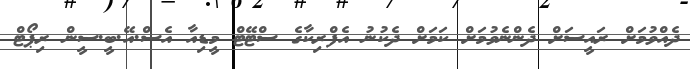
ދެއްވުމަށް ރައީސަށް ދެންނެވުމަށް ކަމަށް ދެކުނު އެފްރިކާގެ ސްޓޭޓް މީޑިއާ އެސް.އޭ.ބީ.ސީން ރިޕޯޓް